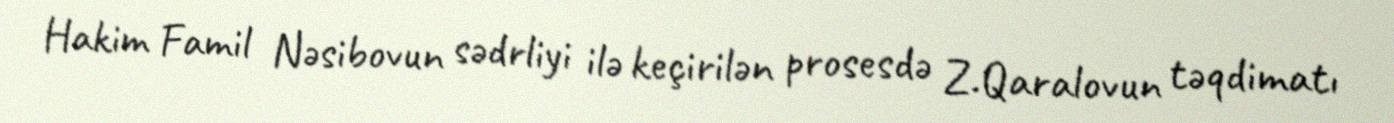
Hakim Famil Nəsibovun sədrliyi ilə keçirilən prosesdə Z.Qaralovun təqdimatı